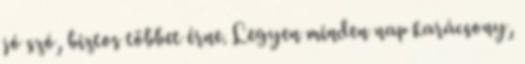
jó szó, biztos többet érne. Legyen minden nap karácsony,